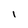
Character: 1